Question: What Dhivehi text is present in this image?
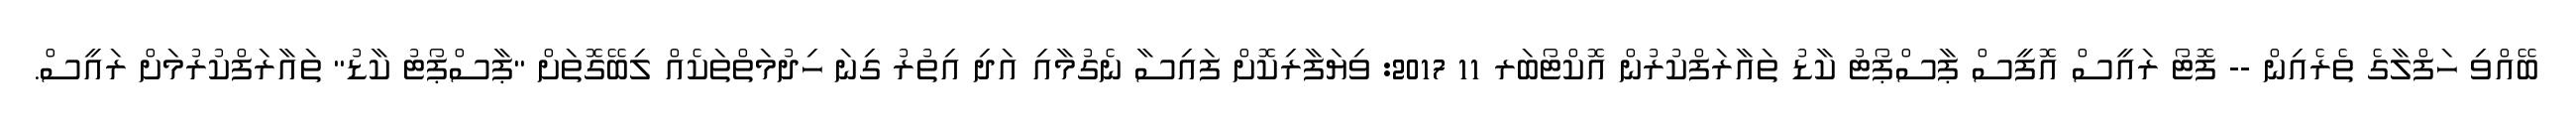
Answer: ބޭއްވި ހަފްލާގެ ތެރެއިން -- ފޮޓޯ ރައީސް އޮފީސް ޕާސްޕޯޓު ކާޑު ތައާރަފްކުރުން އޮކްޓޯބަރ 11 2017: ވިޔަފާރިކޮށް ފައިސާ ނެގުމާއި އަދި އިތުރު ގިނަ ހިދުމަތްތަކެއް ލިބޭގޮތަށް "ޕާސްޕޯޓު ކާޑު" ތައާރަފްކުރުމަށް ރައީސް.